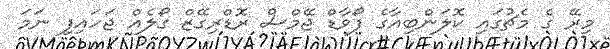
މިރޭ ގެ މެޗުގައި ކޮލަންބިއާގެ ފޯވާޑް ޖޭމްސް ރޮޑްރިގޭޒް ގޯލެއް ޖަހައިފި ނަމަ